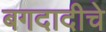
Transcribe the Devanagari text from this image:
बगदादीचे